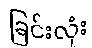
ခြင်းလုံး